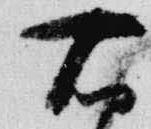
右